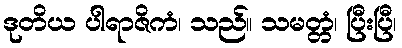
ဒုတိယ ပါရာဇိကံ၊ သည်။ သမတ္တံ၊ ပြီးပြီ၊